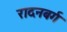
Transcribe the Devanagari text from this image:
रादनबर्ग